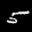
Label: 5